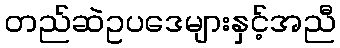
တည်ဆဲဥပဒေများနှင့်အညီ